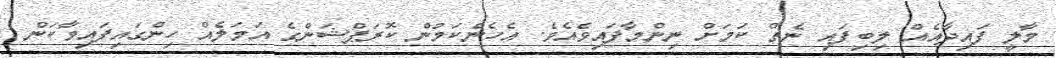
މާލީ ފައިދާއެއް ލިބިފައި ނެތް ކަމަށް ނިންމާފައިވެއެވެ. އެހެންކަމުން ކޮރަޕްޝަންގެ އަމަލެއް ހިންގައިފައިވާކަން